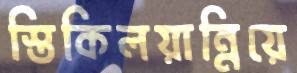
স্তিকিলয়ান্নিয়ে